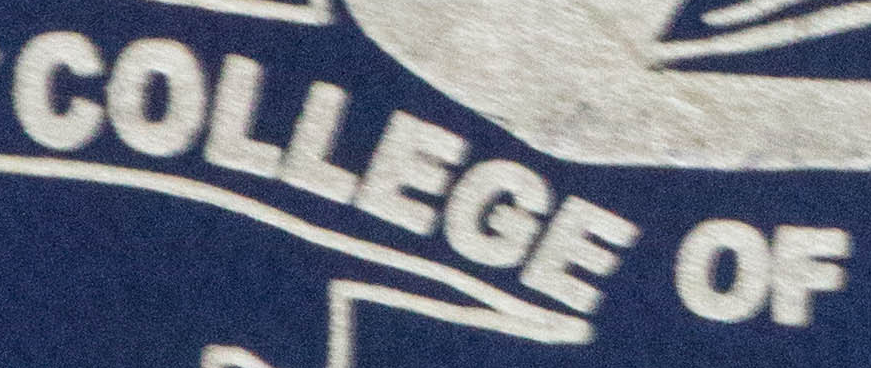
COLLEGE OF